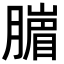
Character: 𦠙